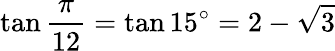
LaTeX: \tan{\frac{\pi}{12}}=\tan 15^{\circ}=2-{\sqrt{3}}